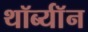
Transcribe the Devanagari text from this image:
थॉर्ब्यॉन